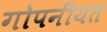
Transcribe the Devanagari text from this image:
गोपनीयत